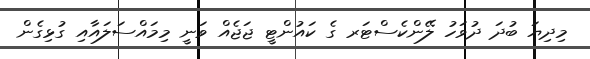
މިދިޔަ ބުދަ ދުވަހު ލޭންކެސްޓަރ ގެ ކައުންޓީ ޖަޖެއް ވަނީ މިމައްސަލައާއި ގުޅިގެން